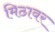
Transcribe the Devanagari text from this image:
मिठावर